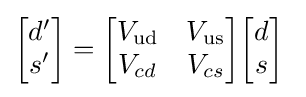
{\begin{bmatrix}d'\\s'\end{bmatrix}}={\begin{bmatrix}V_{\mathrm {ud} }&V_{\mathrm {us} }\\V_{cd}&V_{cs}\\\end{bmatrix}}{\begin{bmatrix}d\\s\end{bmatrix}}~